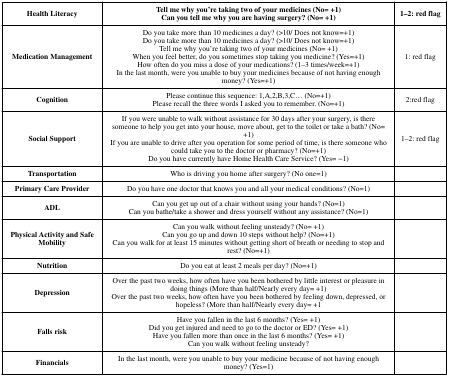
| Health Literacy | Tell me why you’re taking two of your medicines (No= +1)Can you tell me why you are having surgery? (No= +1) | 1–2: red flag |
 | --- | --- | --- |
 | Medication Management | Do you take more than 10 medicines a day? (>10/ Does not know=+1)Do you take more than 10 medicines a day? (>10/ Does not know=+1)Tell me why you’re taking two of your medicines (No= +1)When you feel better, do you sometimes stop taking you medicine? (Yes=+1)How often do you miss a dose of your medications? (1–3 times/week=+1)In the last month, were you unable to buy your medicines because of not having enough money? (Yes=+1) | 1: red flag |
 | Cognition | Please continue this sequence: 1,A,2,B,3,C... (No=+1)Please recall the three words I asked you to remember. (No=+1) | 2:red flag |
 | Social Support | If you were unable to walk without assistance for 30 days after your surgery, is there someone to help you get into your house, move about, get to the toilet or take a bath? (No=+1)If you are unable to drive after you operation for some period of time, is there someone who could take you to the doctor or pharmacy? (No=+1)Do you have currently have Home Health Care Service? (Yes= −1) | 1–2: red flag |
 | Transportation | Who is driving you home after surgery? (No one=1) |  |
 | Primary Care Provider | Do you have one doctor that knows you and all your medical conditions? (No=1) |  |
 | ADL | Can you get up out of a chair without using your hands? (No=1)Can you bathe/take a shower and dress yourself without any assistance? (No=1) |  |
 | Physical Activity and Safe Mobility | Can you walk without feeling unsteady? (No= +1)Can you go up and down 10 steps without help? (No=+1)Can you walk for at least 15 minutes without getting short of breath or needing to stop and rest? (No=+1) |  |
 | Nutrition | Do you eat at least 2 meals per day? (No=+1) |  |
 | Depression | Over the past two weeks, how often have you been bothered by little interest or pleasure in doing things (More than half/Nearly every day= +1)Over the past two weeks, how often have you been bothered by feeling down, depressed, or hopeless? (More than half/Nearly every day= +1 |  |
 | Falls risk | Have you fallen in the last 6 months? (Yes= +1)Did you get injured and need to go to the doctor or ED? (Yes= +1)Have you fallen more than once in the last 6 months? (Yes= +1)Can you walk without feeling unsteady? |  |
 | Financials | In the last month, were you unable to buy your medicine because of not having enough money? (Yes=1) |  |